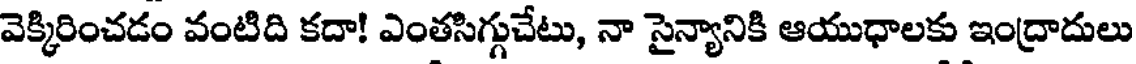
వెక్కిరించడం వంటిది కదా! ఎంతసిగ్గుచేటు, నా సైన్యానికి ఆయుధాలకు ఇంద్రాదులు